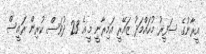
އީރާނުގެ ސަފީރު މުހައްމަދު ޒައޭރީ އަމިރާނީ މީޣެ 23 ދުވަސް ކުރިން ރައީސް